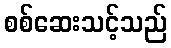
စစ်ဆေးသင့်သည်